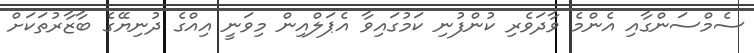
ސެމްސަންގާއި އެންމެ ވާދަވެރި ކުންފުނި ކަމުގައިވާ އެޕަލްއިން މިވަނީ އިއްގެ ދުނިޔޭގެ ބާޒާރުތަކަށް